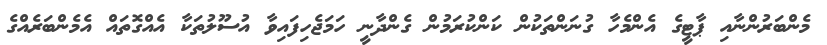
މެންބަރުންނާއި ޕާޓީގެ އެންމެހާ ގުނަންތަކުން ކަންކުރަމުން ގެންދާނީ ހަމަޖެހިފައިވާ އުސޫލުތަކާ އެއްގޮތައް އެމެންބަރެއްގެ